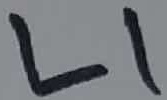
Text: L1